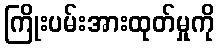
ကြိုးပမ်းအားထုတ်မှုကို